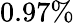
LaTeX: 0.97\%